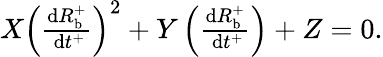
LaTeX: \begin{array}{r}{X\left(\frac{\mathrm{d}R_{\mathrm{b}}^{+}}{\mathrm{~d}t^{+}}\right)^{2}+Y\left(\frac{\mathrm{d}R_{\mathrm{b}}^{+}}{\mathrm{~d}t^{+}}\right)+Z=0.}\end{array}